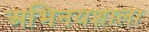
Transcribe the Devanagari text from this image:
अभिनयशाला